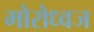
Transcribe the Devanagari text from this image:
मोरोध्‍वज